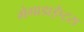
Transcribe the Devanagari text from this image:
मेगाडाईप्ट्स